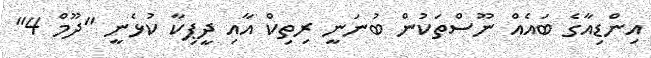
އިންޑިއާގެ ބައެއް ނޫސްތަކުން ބުނަނީ ރިތިކް އާއި ދީޕިކާ ކުޅެނީ "ދޫމް 4"